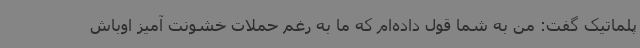
پلماتیک گفت: من به شما قول داده‌ام که ما به رغم حملات خشونت آمیز اوباش